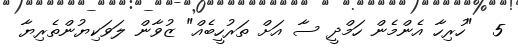
5  "ހުރިހާ އެންމެން ހަމްދީ ސާ އަށް ތަރުހީބެއް" ޒުވާން ލަވަކިޔުންތެރިޔާ